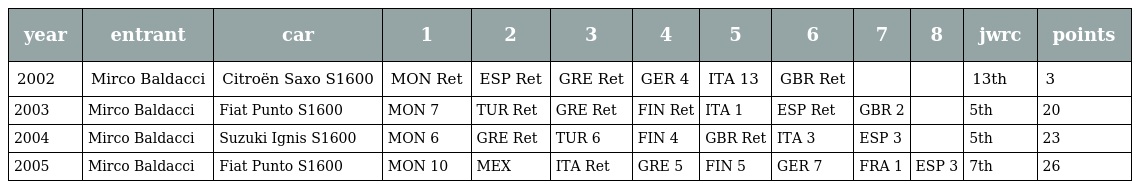
| year | entrant | car | 1 | 2 | 3 | 4 | 5 | 6 | 7 | 8 | jwrc | points |
 | --- | --- | --- | --- | --- | --- | --- | --- | --- | --- | --- | --- | --- |
 | 2002 | Mirco Baldacci | Citroën Saxo S1600 | MON Ret | ESP Ret | GRE Ret | GER 4 | ITA 13 | GBR Ret |  |  | 13th | 3 |
 | 2003 | Mirco Baldacci | Fiat Punto S1600 | MON 7 | TUR Ret | GRE Ret | FIN Ret | ITA 1 | ESP Ret | GBR 2 |  | 5th | 20 |
 | 2004 | Mirco Baldacci | Suzuki Ignis S1600 | MON 6 | GRE Ret | TUR 6 | FIN 4 | GBR Ret | ITA 3 | ESP 3 |  | 5th | 23 |
 | 2005 | Mirco Baldacci | Fiat Punto S1600 | MON 10 | MEX | ITA Ret | GRE 5 | FIN 5 | GER 7 | FRA 1 | ESP 3 | 7th | 26 |